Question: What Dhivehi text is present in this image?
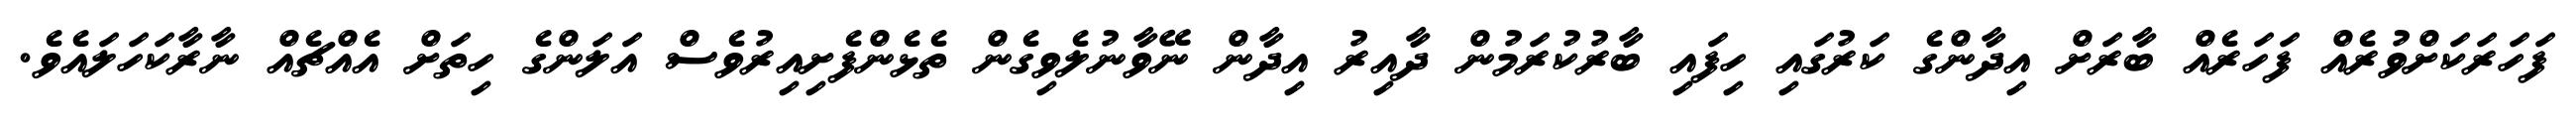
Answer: ފަހަރަކަށްވުރެއް ފަހަރެއް ބާރަށް އިދާންގެ ކަރުގައި ހިފައި ބާރުކުރަމުން ދާއިރު އިދާން ނޭވާނުލެވިގެން ތެޅެންފެށިއިރުވެސް އަލަންގެ ހިތަށް އެއްޗެއް ނާރާކަހަލައެވެ.